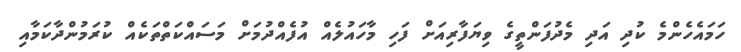
ހަމައެހެންމެ ކުދި އަދި މެދުފަންތީގެ ވިޔަފާރިއަށް ފަހި މާހައުލެއް އުފެއްދުމަށް މަސައްކަތްތަކެއް ކުރަމުންދާކަމާއި